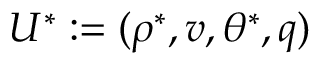
U ^ { \ast } : = ( \rho ^ { \ast } , v , \theta ^ { \ast } , q )